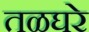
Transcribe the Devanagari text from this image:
तळघरे